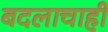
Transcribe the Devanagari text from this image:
बदलाचाही